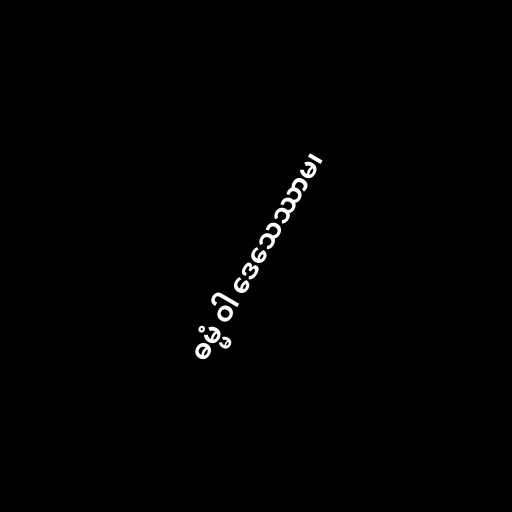
ဓမ္မံ ဝါ ဒေသေဿာမ၊